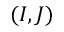
( I , J )